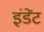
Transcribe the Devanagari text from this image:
इंडेंट